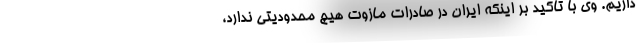
داریم. وی با تاکید بر اینکه ایران در صادرات مازوت هیچ محدودیتی ندارد،